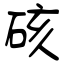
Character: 硋